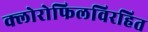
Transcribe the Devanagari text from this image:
क्लोरोफिलविरहित